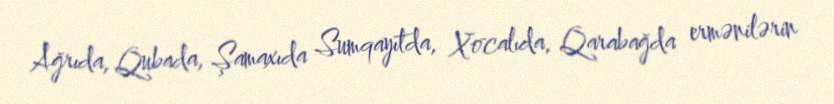
Ağrıda, Qubada, Şamaxıda Sumqayıtda, Xocalıda, Qarabağda ermənilərin